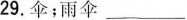
29.伞；雨伞___